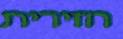
חזירית